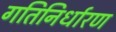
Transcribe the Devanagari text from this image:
गतिनिर्धारण